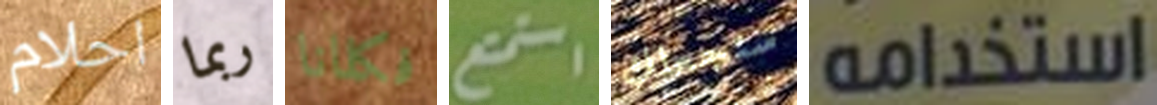
احلام ربما فكلانا استمتع ستجعلك استخدامه